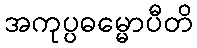
အကုပ္ပဓမ္မောပီတိ